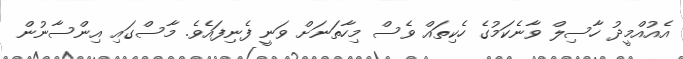
އެއުއްމީދު ހާސިލް ވާނެކަމުގެ ހެކިތައް ވެސް މިހާތަނަށް ވަނީ ފެނިފައެވެ. މާސްގައި އިންސާނުން